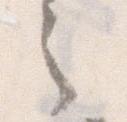
之